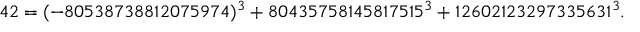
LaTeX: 4 2 = ( - 8 0 5 3 8 7 3 8 8 1 2 0 7 5 9 7 4 ) ^ { 3 } + 8 0 4 3 5 7 5 8 1 4 5 8 1 7 5 1 5 ^ { 3 } + 1 2 6 0 2 1 2 3 2 9 7 3 3 5 6 3 1 ^ { 3 } .